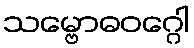
သမ္ဗောဓဝဂ္ဂေါ